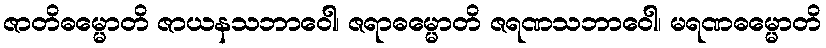
ဇာတိဓမ္မောတိ ဇာယနသဘာဝေါ၊ ဇရာဓမ္မောတိ ဇရဏသဘာဝေါ၊ မရဏဓမ္မောတိ